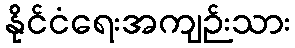
နိုင်ငံရေးအကျဉ်းသား